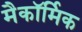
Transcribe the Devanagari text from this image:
मैकॉर्मिक